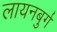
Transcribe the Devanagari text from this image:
लायनबुर्ग